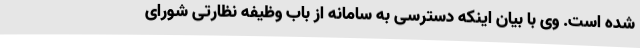
شده است. وی با بیان اینکه دسترسی به سامانه از باب وظیفه نظارتی شورای